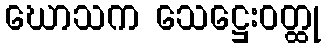
ဃောသက သေဋ္ဌေးဝတ္ထု